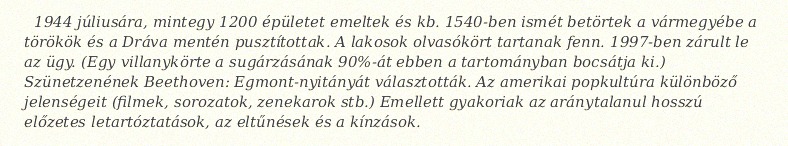
1944 júliusára, mintegy 1200 épületet emeltek és kb. 1540-ben ismét betörtek a vármegyébe a törökök és a Dráva mentén pusztítottak. A lakosok olvasókört tartanak fenn. 1997-ben zárult le az ügy. (Egy villanykörte a sugárzásának 90%-át ebben a tartományban bocsátja ki.) Szünetzenének Beethoven: Egmont-nyitányát választották. Az amerikai popkultúra különböző jelenségeit (filmek, sorozatok, zenekarok stb.) Emellett gyakoriak az aránytalanul hosszú előzetes letartóztatások, az eltűnések és a kínzások.